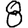
Digit: 8